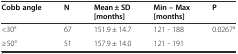
<table><thead><tr><td><b>Cobb angle</b></td><td><b>N</b></td><td><b>Mean ± SD [months]</b></td><td><b>Min – Max [months]</b></td><td><b>P</b></td></tr></thead><tbody><tr><td>&lt;30°</td><td>67</td><td>151.9 ± 14.7</td><td>121 - 188</td><td>0.0267<sup>a</sup></td></tr><tr><td>≥50°</td><td>51</td><td>157.9 ± 14.0</td><td>121 - 191</td><td></td></tr></tbody></table>